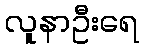
လူနာဦးရေ